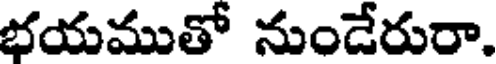
భయముతో నుండేరురా.